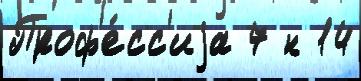
Проф'е́сс'иjа 7 н 14